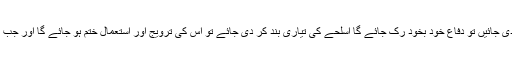
آخر کب انسان یہ سمجھے گا کہ اگر جنگیں روک دی جائیں تو دفاع خود بخود رک جائے گا اسلحے کی تیاری بند کر دی جائے تو اس کی ترویج اور استعمال ختم ہو جائے گا اور جب ایسا ہو جائے گا تو دنیا امن کا گہوارہ بن جائے گی۔